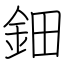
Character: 鈿